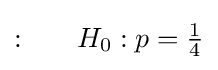
{\text{:}}\qquad H_{0}:p={\tfrac {1}{4}}